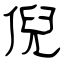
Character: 倪